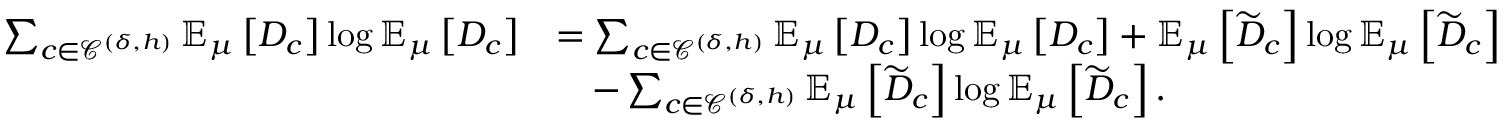
\begin{array} { r l } { \sum _ { c \in \mathcal { C } ^ { ( \delta , h ) } } \mathbb { E } _ { \mu } \left[ D _ { c } \right] \log \mathbb { E } _ { \mu } \left[ D _ { c } \right] } & { = \sum _ { c \in \mathcal { C } ^ { ( \delta , h ) } } \mathbb { E } _ { \mu } \left[ D _ { c } \right] \log \mathbb { E } _ { \mu } \left[ D _ { c } \right] + \mathbb { E } _ { \mu } \left[ \widetilde { D } _ { c } \right] \log \mathbb { E } _ { \mu } \left[ \widetilde { D } _ { c } \right] } \\ & { \quad - \sum _ { c \in \mathcal { C } ^ { ( \delta , h ) } } \mathbb { E } _ { \mu } \left[ \widetilde { D } _ { c } \right] \log \mathbb { E } _ { \mu } \left[ \widetilde { D } _ { c } \right] . } \end{array}